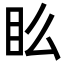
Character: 𥃼